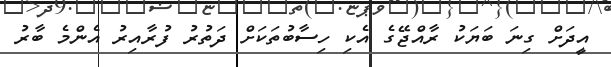
އީދަށް ގިނަ ބަޔަކު ރާއްޖޭގެ އެކި ހިސާބުތަކަށް ދަތުރު ފުރާއިރު އެންމެ ބާރު